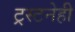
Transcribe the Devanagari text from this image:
ट्रस्टनेही